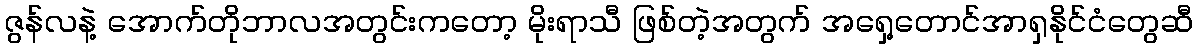
ဇွန်လနဲ့ အောက်တိုဘာလအတွင်းကတော့ မိုးရာသီ ဖြစ်တဲ့အတွက် အရှေ့တောင်အာရှနိုင်ငံတွေဆီ